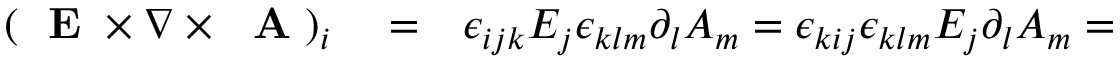
\begin{array} { r l r } { ( \mathrm { ~ \bf ~ E ~ } \times \nabla \times \mathrm { ~ \bf ~ A ~ } ) _ { i } } & { { } = } & { \epsilon _ { i j k } E _ { j } \epsilon _ { k l m } \partial _ { l } A _ { m } = \epsilon _ { k i j } \epsilon _ { k l m } E _ { j } \partial _ { l } A _ { m } = } \end{array}